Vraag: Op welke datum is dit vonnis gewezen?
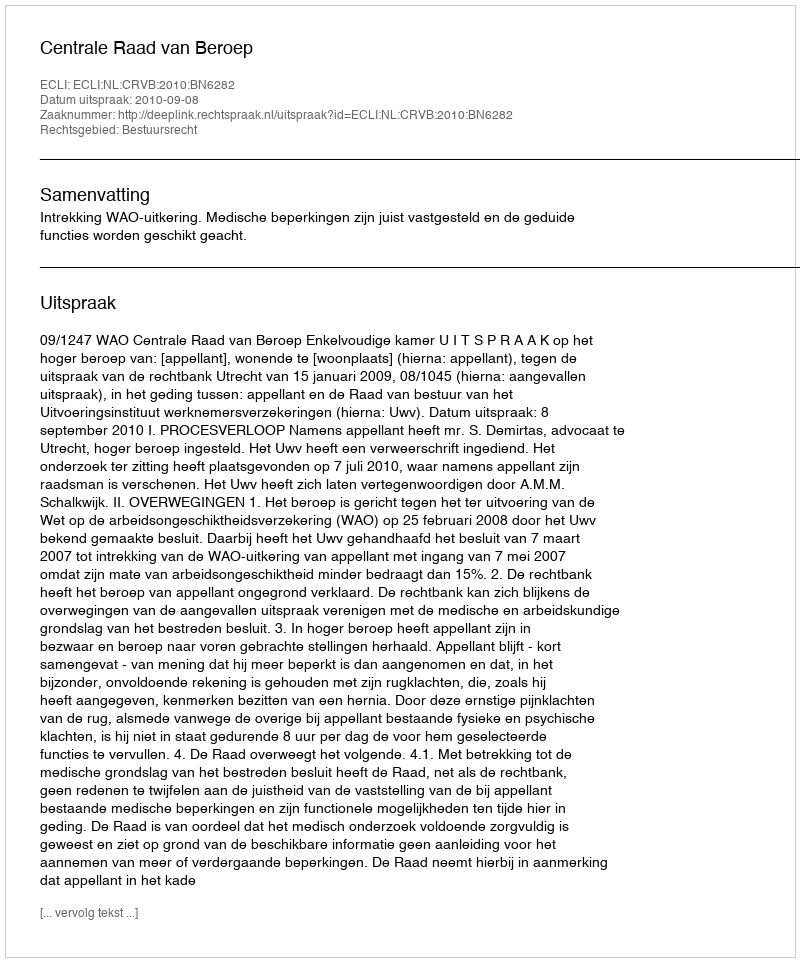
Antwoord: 2010-09-08